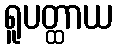
ရူပတ္ထာယ